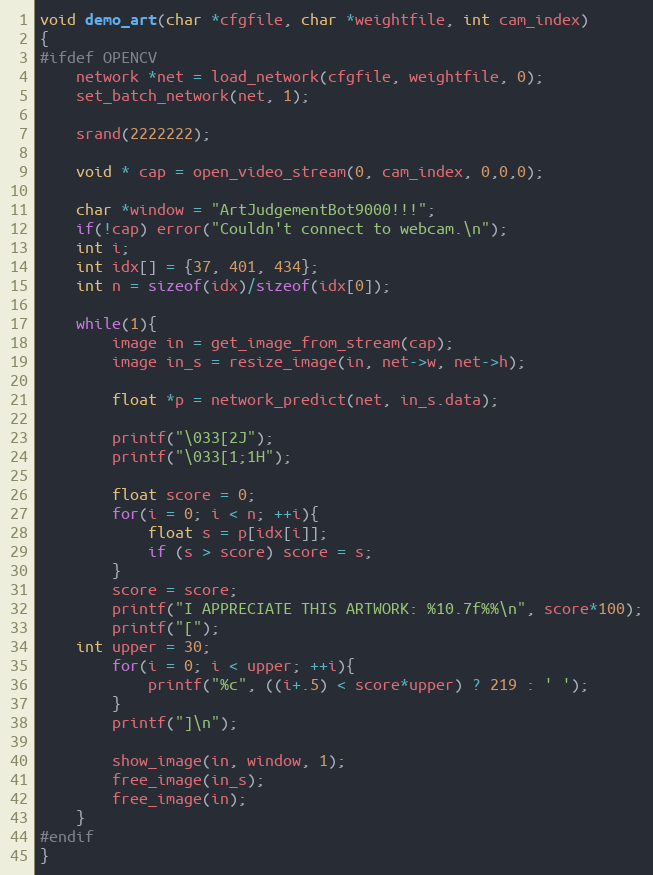
Language: C
void demo_art(char *cfgfile, char *weightfile, int cam_index)
{
#ifdef OPENCV
    network *net = load_network(cfgfile, weightfile, 0);
    set_batch_network(net, 1);

    srand(2222222);

    void * cap = open_video_stream(0, cam_index, 0,0,0);

    char *window = "ArtJudgementBot9000!!!";
    if(!cap) error("Couldn't connect to webcam.\n");
    int i;
    int idx[] = {37, 401, 434};
    int n = sizeof(idx)/sizeof(idx[0]);

    while(1){
        image in = get_image_from_stream(cap);
        image in_s = resize_image(in, net->w, net->h);

        float *p = network_predict(net, in_s.data);

        printf("\033[2J");
        printf("\033[1;1H");

        float score = 0;
        for(i = 0; i < n; ++i){
            float s = p[idx[i]];
            if (s > score) score = s;
        }
        score = score;
        printf("I APPRECIATE THIS ARTWORK: %10.7f%%\n", score*100);
        printf("[");
	int upper = 30;
        for(i = 0; i < upper; ++i){
            printf("%c", ((i+.5) < score*upper) ? 219 : ' ');
        }
        printf("]\n");

        show_image(in, window, 1);
        free_image(in_s);
        free_image(in);
    }
#endif
}